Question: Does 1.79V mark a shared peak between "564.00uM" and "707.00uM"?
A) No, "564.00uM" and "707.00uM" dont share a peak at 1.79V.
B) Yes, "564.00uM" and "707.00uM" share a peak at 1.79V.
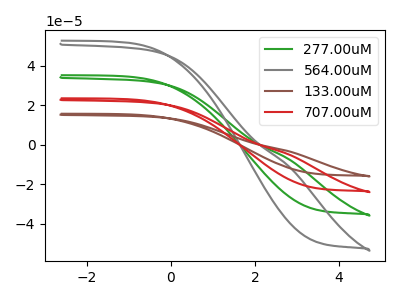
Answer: <think>The green curve "277.00uM" has no peaks. The gray curve "564.00uM" has no peaks. The brown curve "133.00uM" has no peaks. The red curve "707.00uM" has no peaks.</think>
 <answer>A) No, "564.00uM" and "707.00uM" dont share a peak at 1.79V.</answer>
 <eval>A</eval>